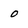
Character: 0